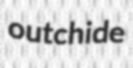
outchide